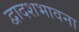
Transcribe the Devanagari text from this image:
द्वादशभावना